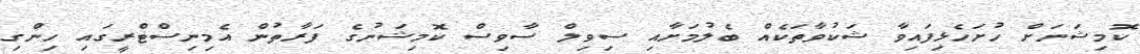
ކޮމިޝަނަށް ހުށަހެޅިފައިވާ ޝަކުވާތަކެއް ބެލުމަށާއި ސިވިލް ސާވިސް ކޮމިޝަނުގެ ފަރާތުން އެމިނިސްޓްރީގައި ހިންގި